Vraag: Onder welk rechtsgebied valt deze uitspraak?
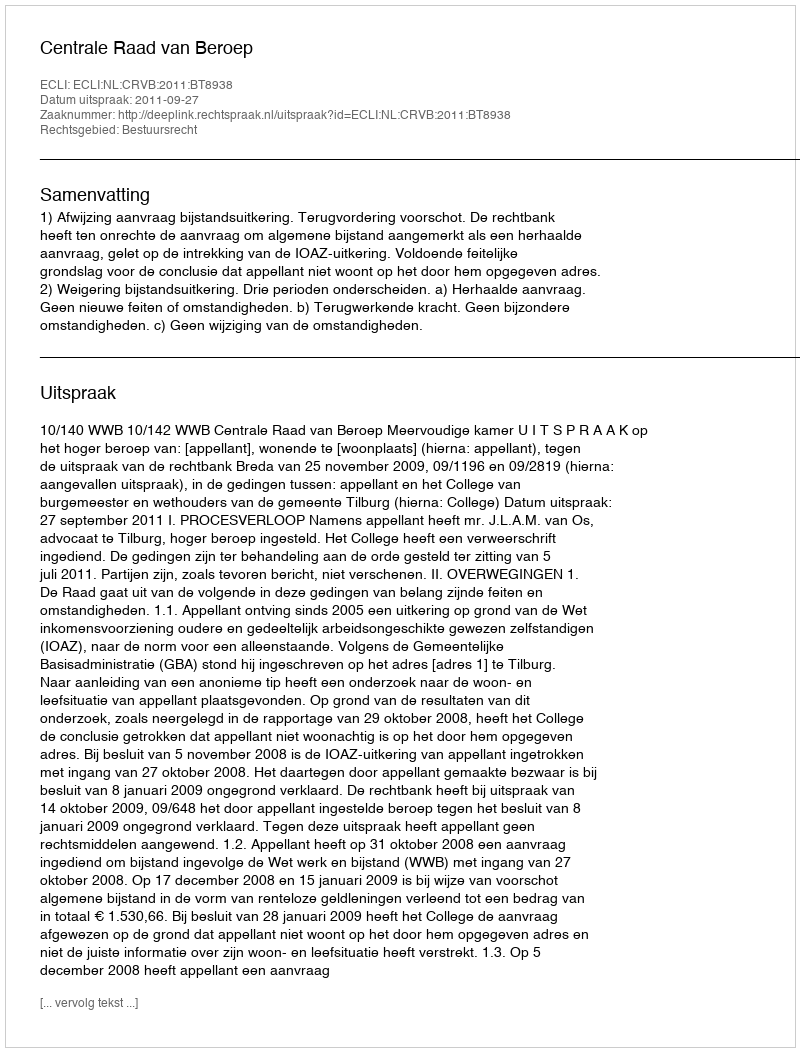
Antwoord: Bestuursrecht